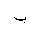
Letter: _ba